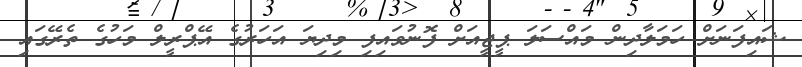
ޝައިފަނަށް ހަމަލާދިން މައްސަލަ ޕީޖީއަށް ފޮނުވައިފި މިދިޔަ އަހަރުގެ އޭޕްރީލް މަހުގެ ތެރޭގައި